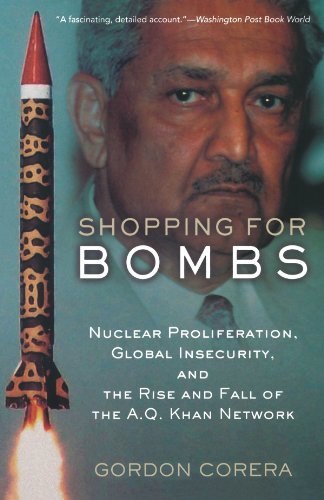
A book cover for Shopping for Bombs: Nuclear Proliferation, Global Insecurity, and the Rise and Fall of the A.Q. Khan Network; Gordon Corera; History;